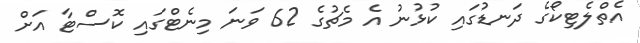
އެތްލެޓިކޯގެ ދަނޑުގައި ކުޅުނު އެ މެޗުގެ 62 ވަނަ މިނެޓްގައި ކޮސްޓާ އަށް